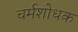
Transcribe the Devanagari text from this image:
चर्मशोधक